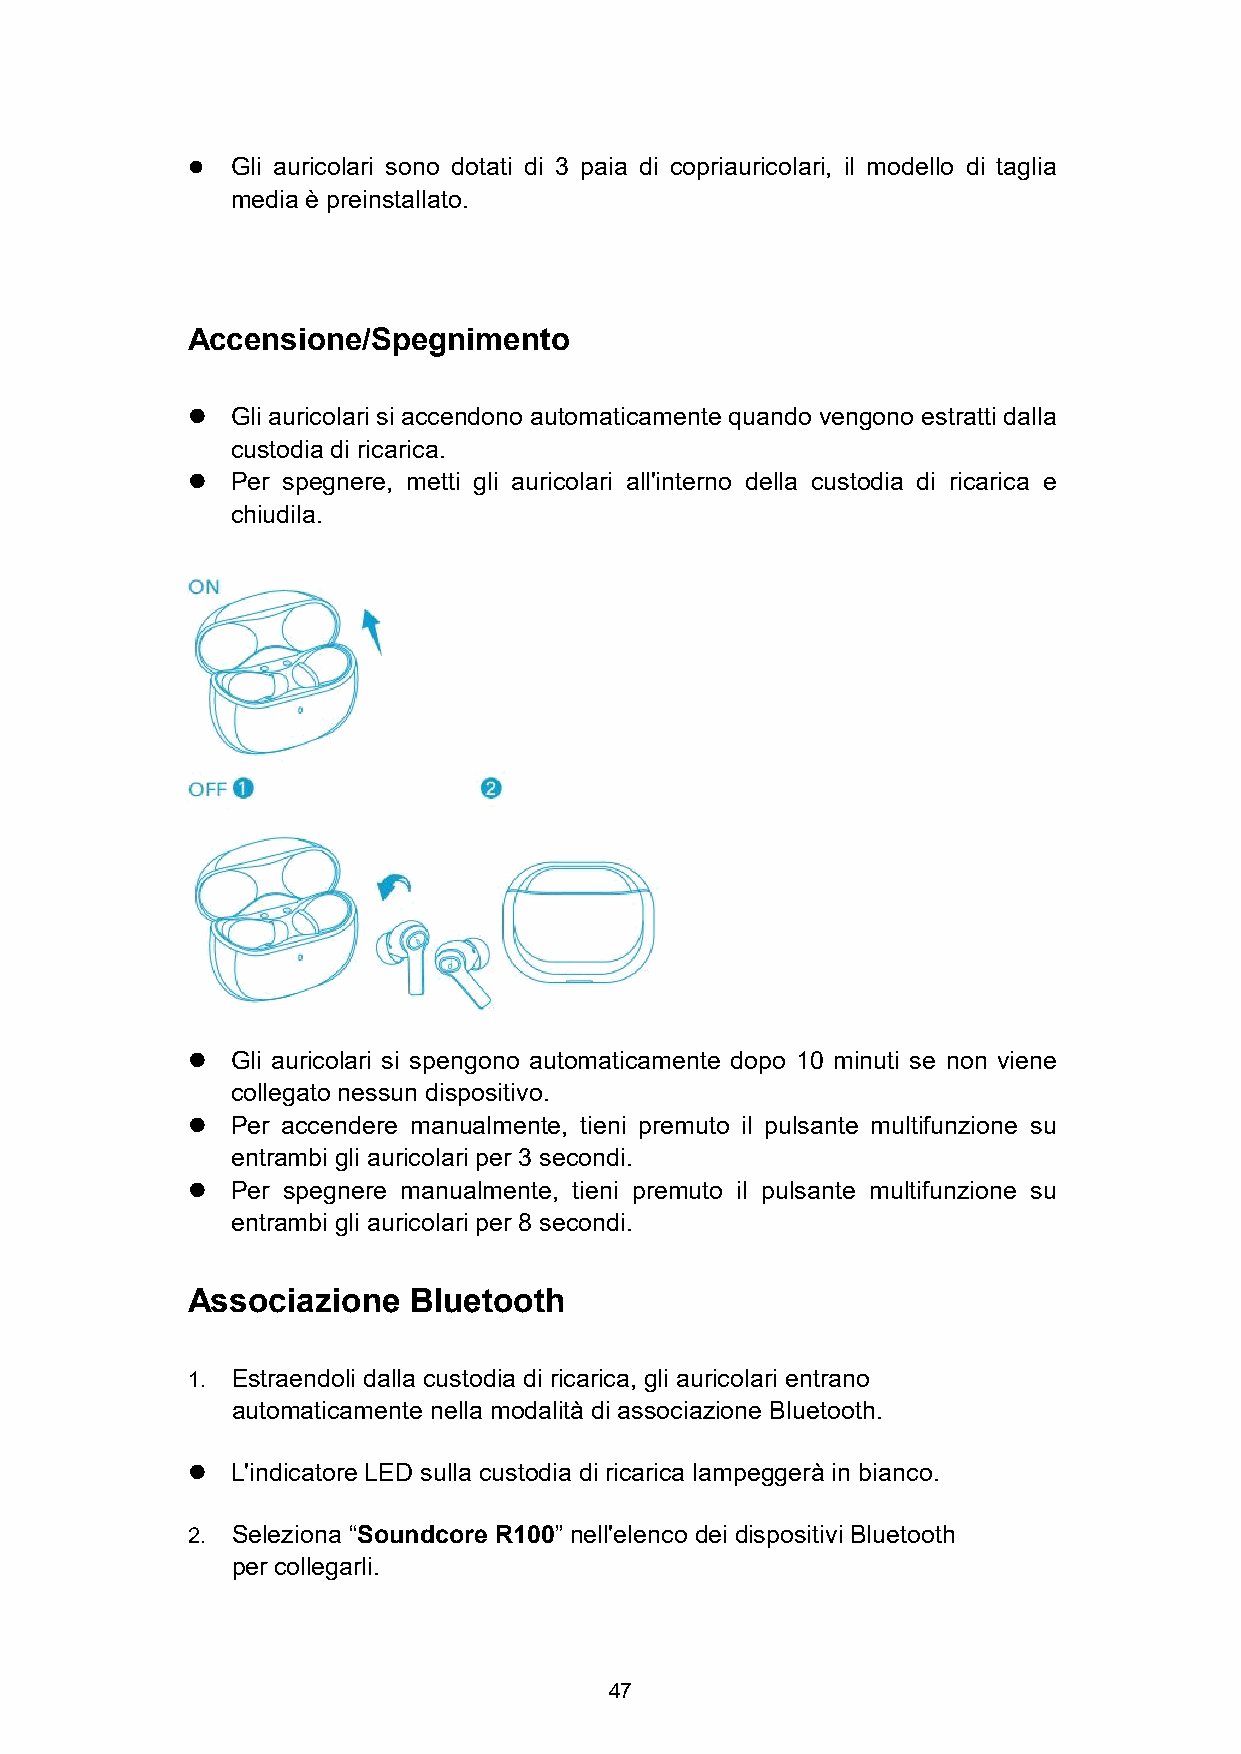
  Gli auricolari sono dotati di 3 paia di copriauricolari, il modello di taglia
 media è preinstallato.
 Accensione/Spegnimento
   Gli auricolari si accendono automaticamente quando vengono estratti dalla
 custodia di ricarica.
   Per spegnere, metti gli auricolari all'interno della custodia di ricarica e
 chiudila.
   Gli auricolari si spengono automaticamente dopo 10 minuti se non viene
 collegato nessun dispositivo.
   Per accendere manualmente, tieni premuto il pulsante multifunzione su
 entrambi gli auricolari per 3 secondi.
   Per spegnere manualmente, tieni premuto il pulsante multifunzione su
 entrambi gli auricolari per 8 secondi.
 Associazione   Bluetooth
 1. Estraendoli dalla custodia di ricarica, gli auricolari entrano
 automaticamente nella modalità di associazione Bluetooth.
   L'indicatore LED sulla custodia di ricarica lampeggerà in bianco.
 2. Seleziona “Soundcore R100” nell'elenco dei dispositivi Bluetooth
 per collegarli.
 47